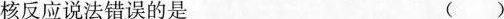
核反应说法错误的是 ()